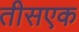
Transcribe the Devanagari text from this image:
तीसएक